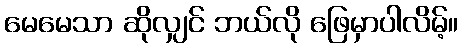
မေမေသာ ဆိုလျှင် ဘယ်လို ဖြေမှာပါလိမ့်။